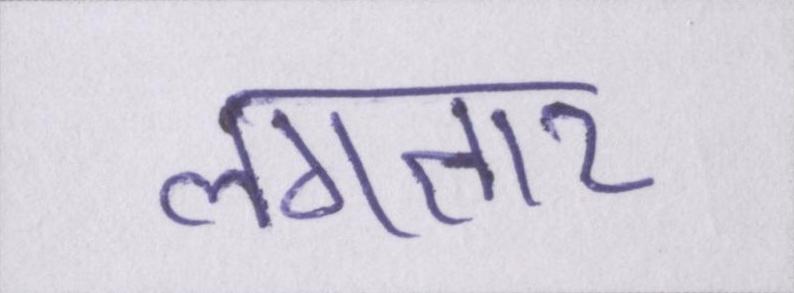
लगतार